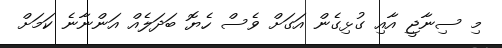
މި ސިނާޖީ އާއި ގުޅިގެން އަގަށް ވެސް ހެޔޮ ބަދަލެއް އަންނާނެ ކަމަށް